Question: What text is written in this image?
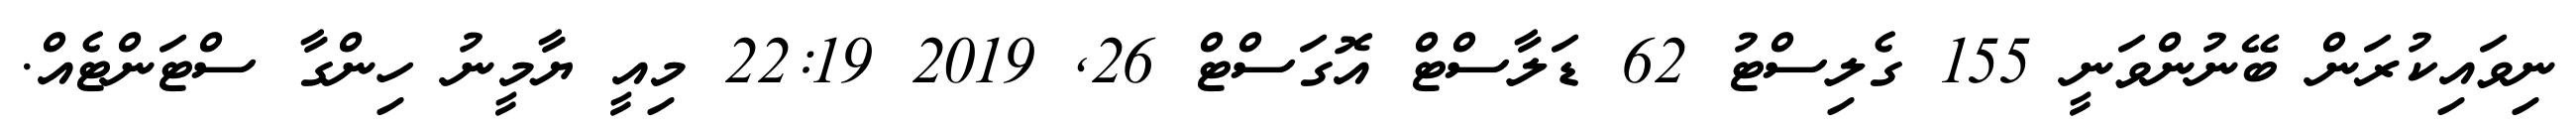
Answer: ނިވައިކުރަން ބޭނުންވަނީ 155 ގެލިސްޓު 62 ޑަލާސްޓް އޮގަސްޓް 26, 2019 22:19 މިއީ ޔާމީނު ހިންގާ ސްޓަންޓެއް.